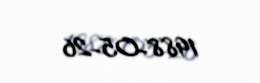
1988-05-26